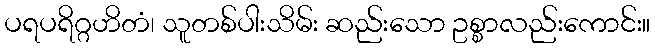
ပရပရိဂ္ဂဟိတံ၊ သူတစ်ပါးသိမ်း ဆည်းသော ဥစ္စာလည်းကောင်း။